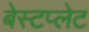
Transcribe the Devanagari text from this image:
बेस्टप्लेट